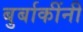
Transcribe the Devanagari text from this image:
बुर्बाकींनी